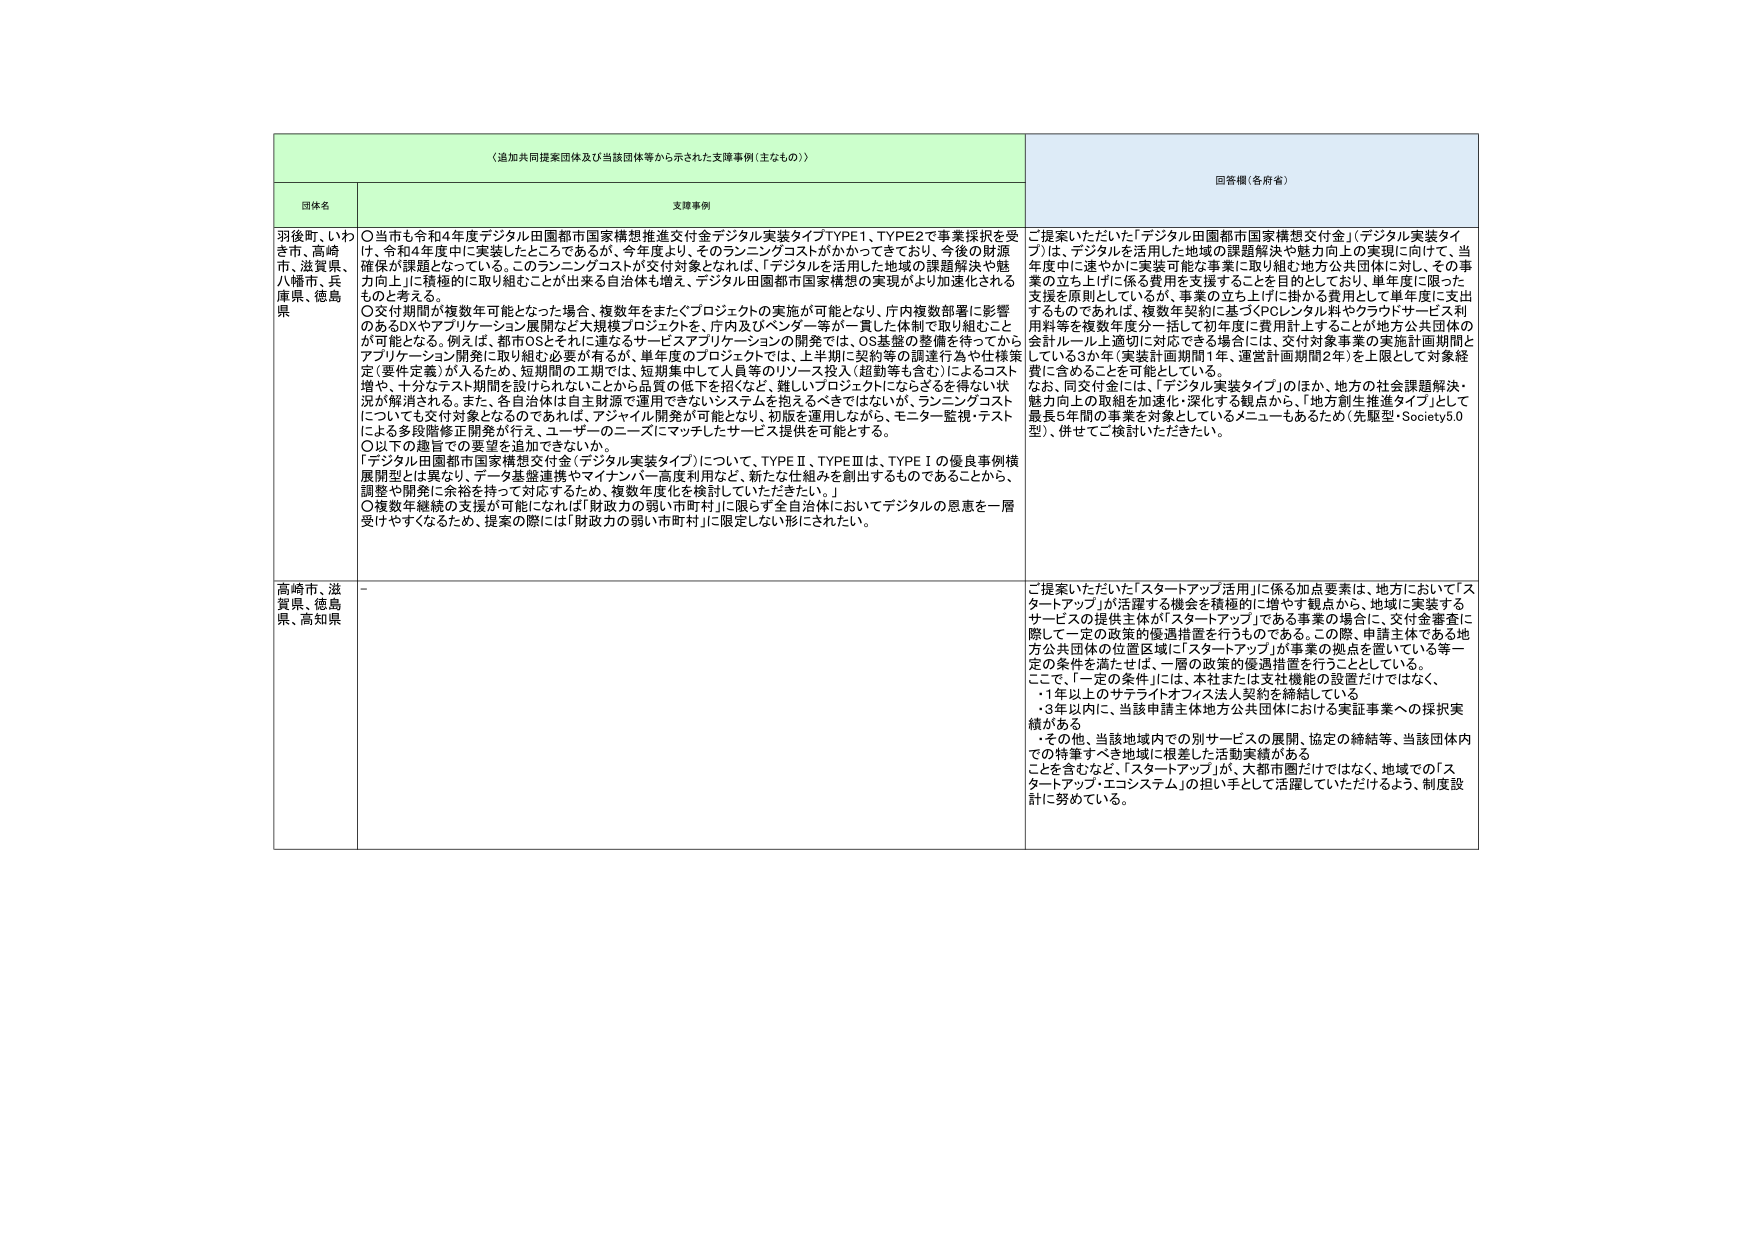
（追加共同提案団体及び当該団体等から示された支援事例（主なもの））

団体名